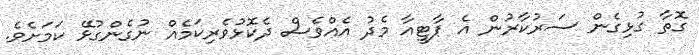
ގޮތާ ގުޅިގެން ސަރުކާރުން އެ ޕާޓީއާ މެދު އެއްވެސް ދެކޮޅުވެރިކަމެއް ނުގެންގުޅޭ ކަމަށެވެ.